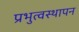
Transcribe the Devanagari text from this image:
प्रभुत्वस्थापन